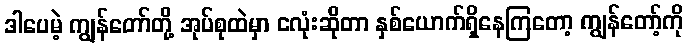
ဒါပေမဲ့ ကျွန်တော်တို့ အုပ်စုထဲမှာ ငလုံးဆိုတာ နှစ်ယောက်ရှိနေကြတော့ ကျွန်တော့်ကို